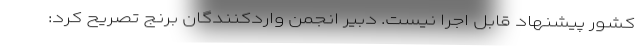
کشور پیشنهاد قابل اجرا نیست. دبیر انجمن واردکنندگان برنج تصریح کرد: